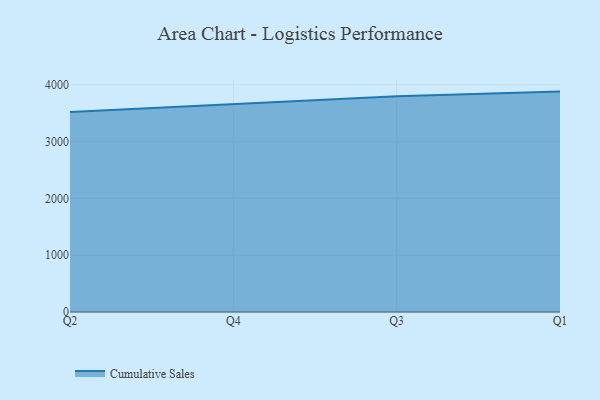
{"axis": {"x": "Quarter", "y": "Tickets Resolved"}, "legend": ["Cumulative Sales"], "data": [{"x": "Q2", "y": 3521.6, "type": "Cumulative Sales"}, {"x": "Q4", "y": 3665.1, "type": "Cumulative Sales"}, {"x": "Q3", "y": 3801.0, "type": "Cumulative Sales"}, {"x": "Q1", "y": 3881.0, "type": "Cumulative Sales"}]}